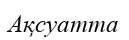
Ақсуатта